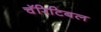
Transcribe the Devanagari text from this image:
चॅरिटिबल